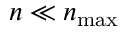
n \ll n _ { \mathrm { m a x } }